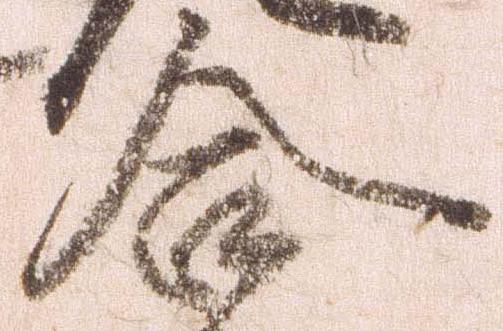
合